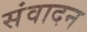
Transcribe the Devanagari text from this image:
संवादन